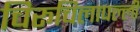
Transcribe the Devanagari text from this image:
चिरूचिलापल्ली